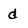
Character: d